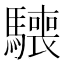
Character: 𩦌